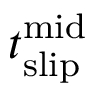
t _ { \mathrm { s l i p } } ^ { \mathrm { m i d } }